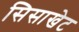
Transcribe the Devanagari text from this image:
सिसाखेट